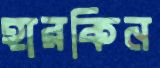
হারকিন